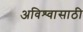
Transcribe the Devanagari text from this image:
अविश्‍वासाठी